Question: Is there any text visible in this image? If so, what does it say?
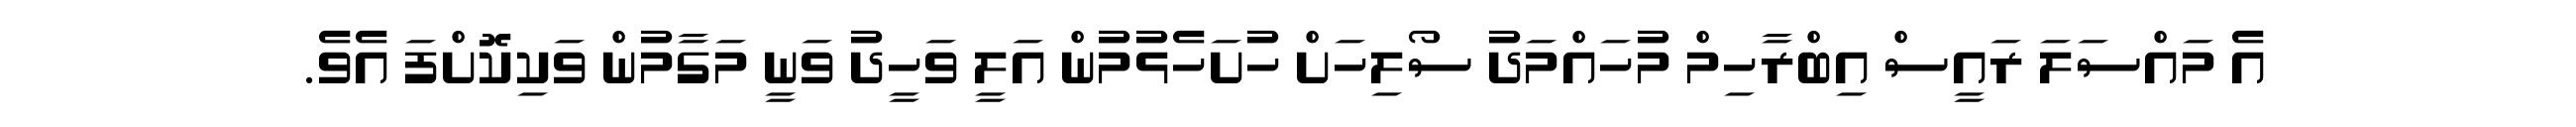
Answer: އެ މައްސަލަ ރައީސް އިބްރާހިމް މުހައްމަދު ސޯލިހަށް ހުށަހެޅުމުން އަލީ ވަހީދު ވަނީ މަގާމުން ވަކިކޮށްފަ އެވެ.